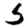
Digit: 5